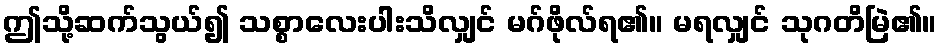
ဤသို့ဆက်သွယ်၍ သစ္စာလေးပါးသိလျှင် မဂ်ဖိုလ်ရ၏။ မရလျှင် သုဂတိမြဲ၏။